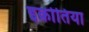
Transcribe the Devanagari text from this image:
इक्रोतिया